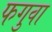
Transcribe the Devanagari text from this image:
फगुवा